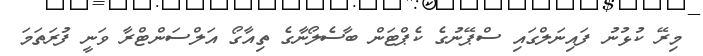
މިރޭ ކުޅުނު ފައިނަލްގައި ސްޕޭނުގެ ކެޕްޓަން ބާސެލޯނާގެ ތިއާގޯ އަލްސަންޓްރާ ވަނީ ފުރަތަމަ